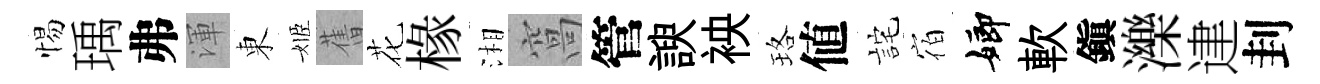
惕瑀弗渾東姬𦾔花椽湘窩管諛䘧珞値詫宿嫏軟鎭濼䢖刲